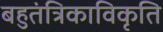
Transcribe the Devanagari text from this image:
बहुतंत्रिकाविकृति